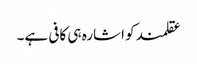
عقلمند کو اشارہ ہی کافی ہے۔